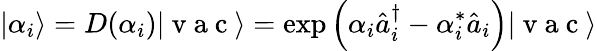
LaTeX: |\alpha_{i}\rangle=D(\alpha_{i})|\mathrm{~v~a~c~}\rangle=\exp\left(\alpha_{i}\hat{a}_{i}^{\dagger}-\alpha_{i}^{*}\hat{a}_{i}\right)|\mathrm{~v~a~c~}\rangle